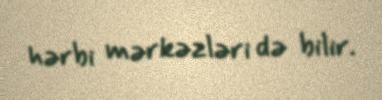
hərbi mərkəzləri də bilir.